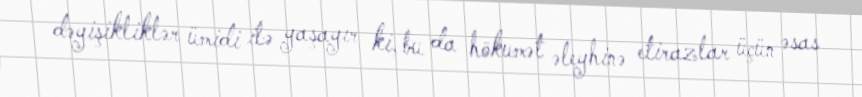
dəyişikliklər ümidi ilə yaşayır ki, bu da hökumət əleyhinə etirazlar üçün əsas